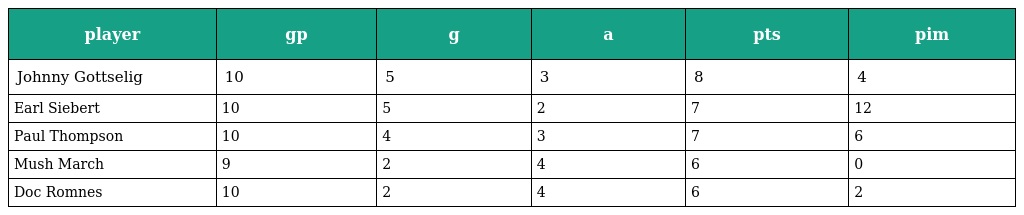
| player | gp | g | a | pts | pim |
 | --- | --- | --- | --- | --- | --- |
 | Johnny Gottselig | 10 | 5 | 3 | 8 | 4 |
 | Earl Siebert | 10 | 5 | 2 | 7 | 12 |
 | Paul Thompson | 10 | 4 | 3 | 7 | 6 |
 | Mush March | 9 | 2 | 4 | 6 | 0 |
 | Doc Romnes | 10 | 2 | 4 | 6 | 2 |